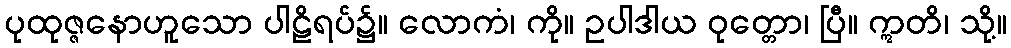
ပုထုဇ္ဇနောဟူသော ပါဠိရပ်၌။ လောကံ၊ ကို။ ဥပါဒါယ ဝုတ္တော၊ ပြီ။ ဣတိ၊ သို့။